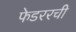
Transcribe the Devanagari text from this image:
फेडररची